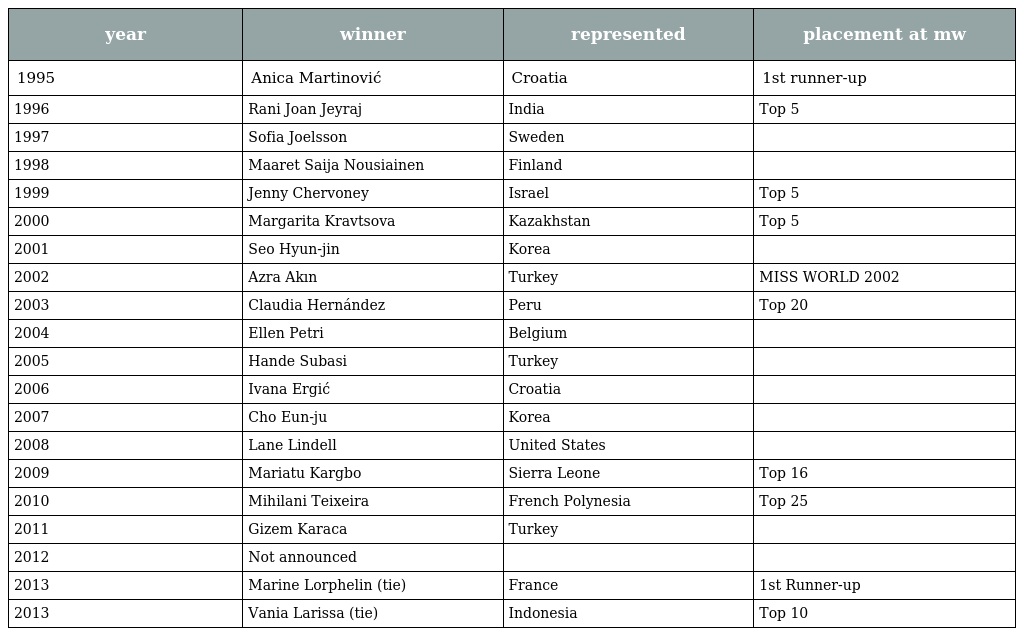
| year | winner | represented | placement at mw |
 | --- | --- | --- | --- |
 | 1995 | Anica Martinović | Croatia | 1st runner-up |
 | 1996 | Rani Joan Jeyraj | India | Top 5 |
 | 1997 | Sofia Joelsson | Sweden |  |
 | 1998 | Maaret Saija Nousiainen | Finland |  |
 | 1999 | Jenny Chervoney | Israel | Top 5 |
 | 2000 | Margarita Kravtsova | Kazakhstan | Top 5 |
 | 2001 | Seo Hyun-jin | Korea |  |
 | 2002 | Azra Akın | Turkey | MISS WORLD 2002 |
 | 2003 | Claudia Hernández | Peru | Top 20 |
 | 2004 | Ellen Petri | Belgium |  |
 | 2005 | Hande Subasi | Turkey |  |
 | 2006 | Ivana Ergić | Croatia |  |
 | 2007 | Cho Eun-ju | Korea |  |
 | 2008 | Lane Lindell | United States |  |
 | 2009 | Mariatu Kargbo | Sierra Leone | Top 16 |
 | 2010 | Mihilani Teixeira | French Polynesia | Top 25 |
 | 2011 | Gizem Karaca | Turkey |  |
 | 2012 | Not announced |  |  |
 | 2013 | Marine Lorphelin (tie) | France | 1st Runner-up |
 | 2013 | Vania Larissa (tie) | Indonesia | Top 10 |